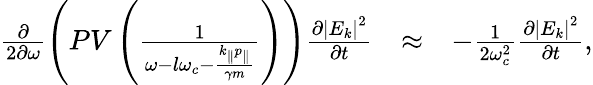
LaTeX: \begin{array}{rlr}{\frac{\partial}{2\partial\omega}\left(PV\left(\frac{1}{\omega-l\omega_{c}-\frac{k_{\parallel}p_{\parallel}}{\gamma m}}\right)\right)\frac{\partial\left|E_{k}\right|^{2}}{\partial t}}&{\approx}&{-\frac{1}{2\omega_{c}^{2}}\frac{\partial\left|E_{k}\right|^{2}}{\partial t},}\end{array}